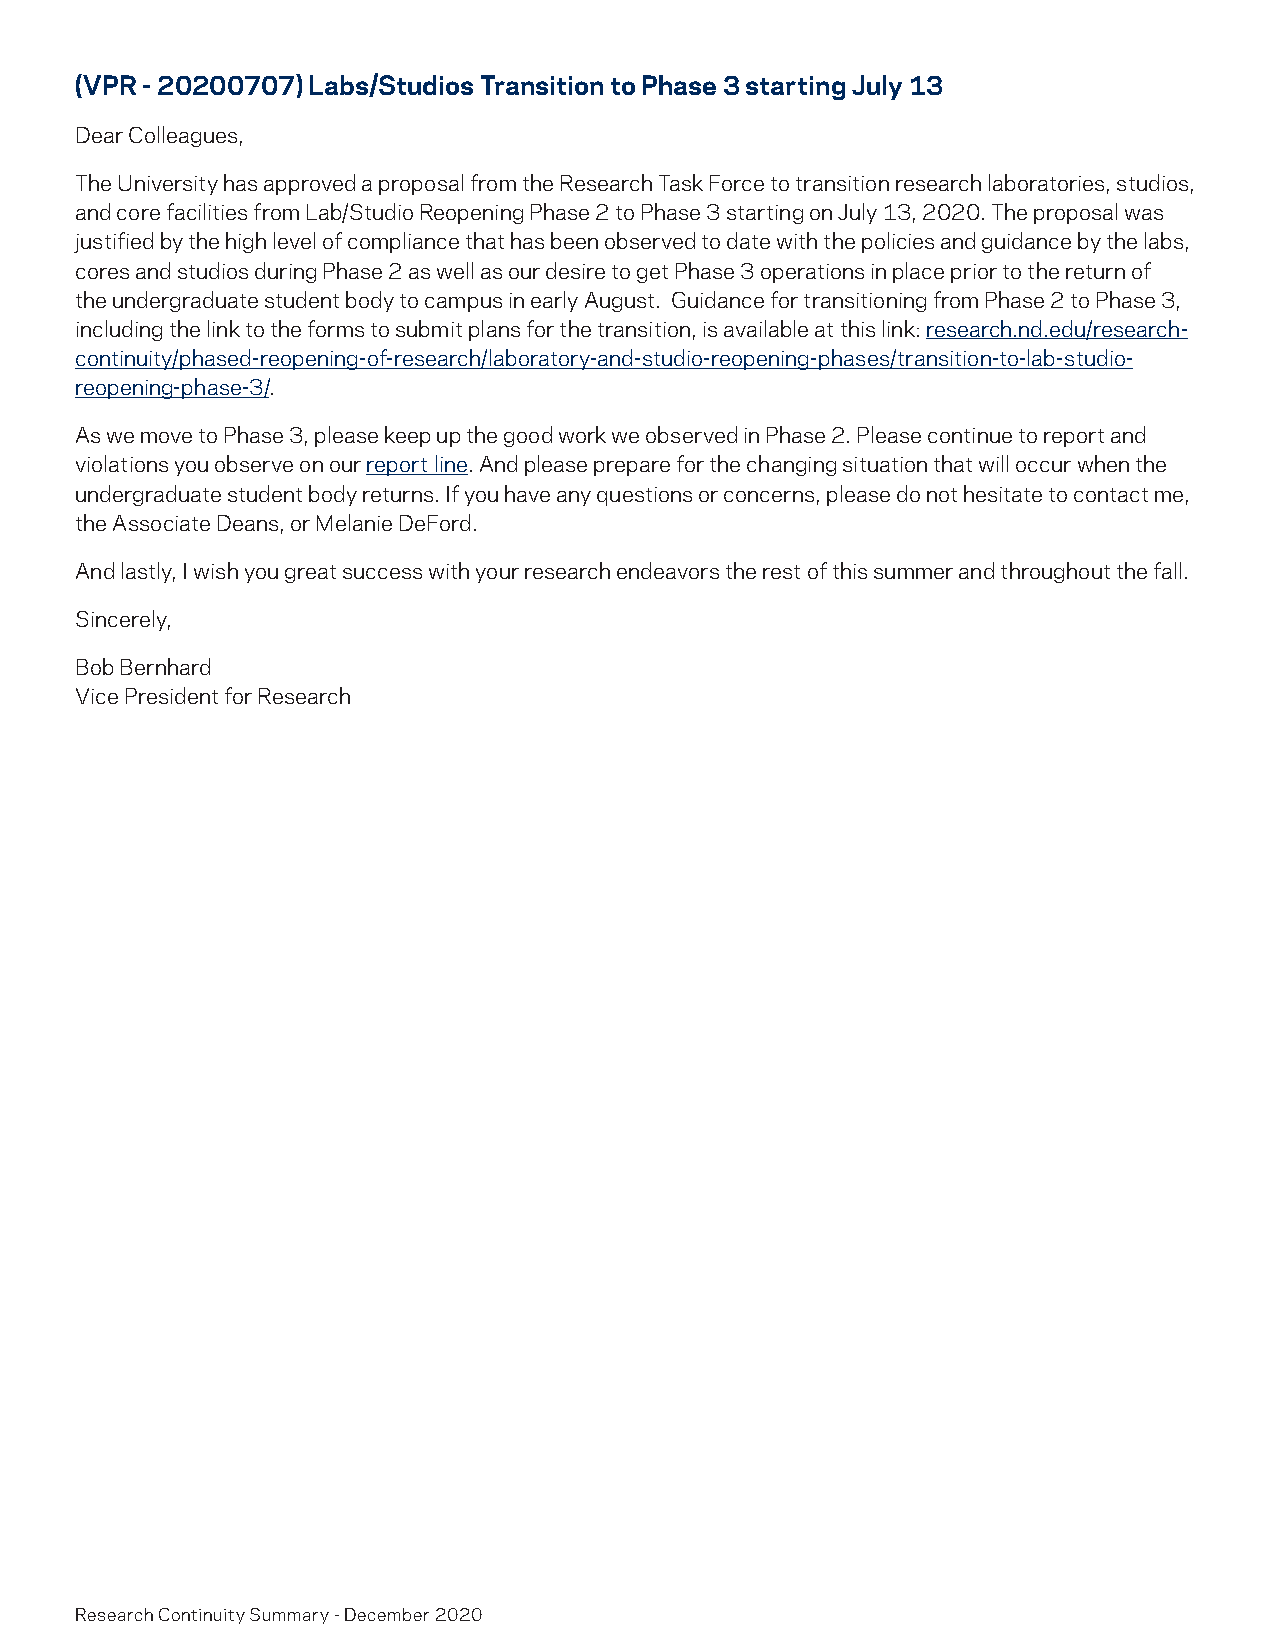
(VPR - 20200707) Labs/Studios Transition to Phase 3 starting July 13
 Dear Colleagues,
 The University has approved a proposal from the Research Task Force to transition research laboratories, studios,
 and core facilities from Lab/Studio Reopening Phase 2 to Phase 3 starting on July 13, 2020. The proposal was
 justified by the high level of compliance that has been observed to date with the policies and guidance by the labs,
 cores and studios during Phase 2 as well as our desire to get Phase 3 operations in place prior to the return of
 the undergraduate student body to campus in early August. Guidance for transitioning from Phase 2 to Phase 3,
 including the link to the forms to submit plans for the transition, is available at this link: research.nd.edu/research-
 continuity/phased-reopening-of-research/laboratory-and-studio-reopening-phases/transition-to-lab-studio-
 reopening-phase-3/.
 As we move to Phase 3, please keep up the good work we observed in Phase 2. Please continue to report and
 violations you observe on our report line. And please prepare for the changing situation that will occur when the
 undergraduate student body returns. If you have any questions or concerns, please do not hesitate to contact me,
 the Associate Deans, or Melanie DeFord.
 And lastly, I wish you great success with your research endeavors the rest of this summer and throughout the fall.
 Sincerely,
 Bob Bernhard
 Vice President for Research
 Research Continuity Summary - December 2020